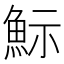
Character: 䱈